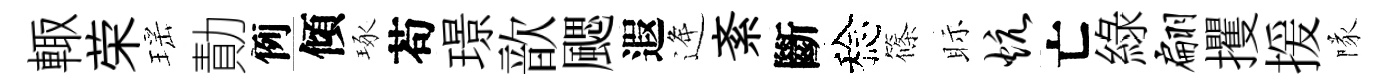
輙荣瑶勣例傾琢苟璟歆颸遐逄紊斷稔篠眎炕亡綠翩攫援隊